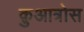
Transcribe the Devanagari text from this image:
क़ुआत्रोस